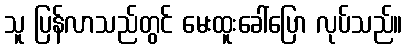
သူ ပြန်လာသည်တွင် မေးထူးခေါ်ပြော လုပ်သည်။